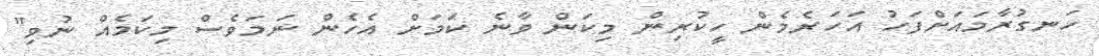
ހަނގުރާމައަށްފަހު އަހަރެމެން ހީކުރިން މިކަން ވާނެ ކަމަށް އެހެން ނަމަވެސް މިކަމެއް ނުވި"